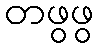
တဖွဖွ